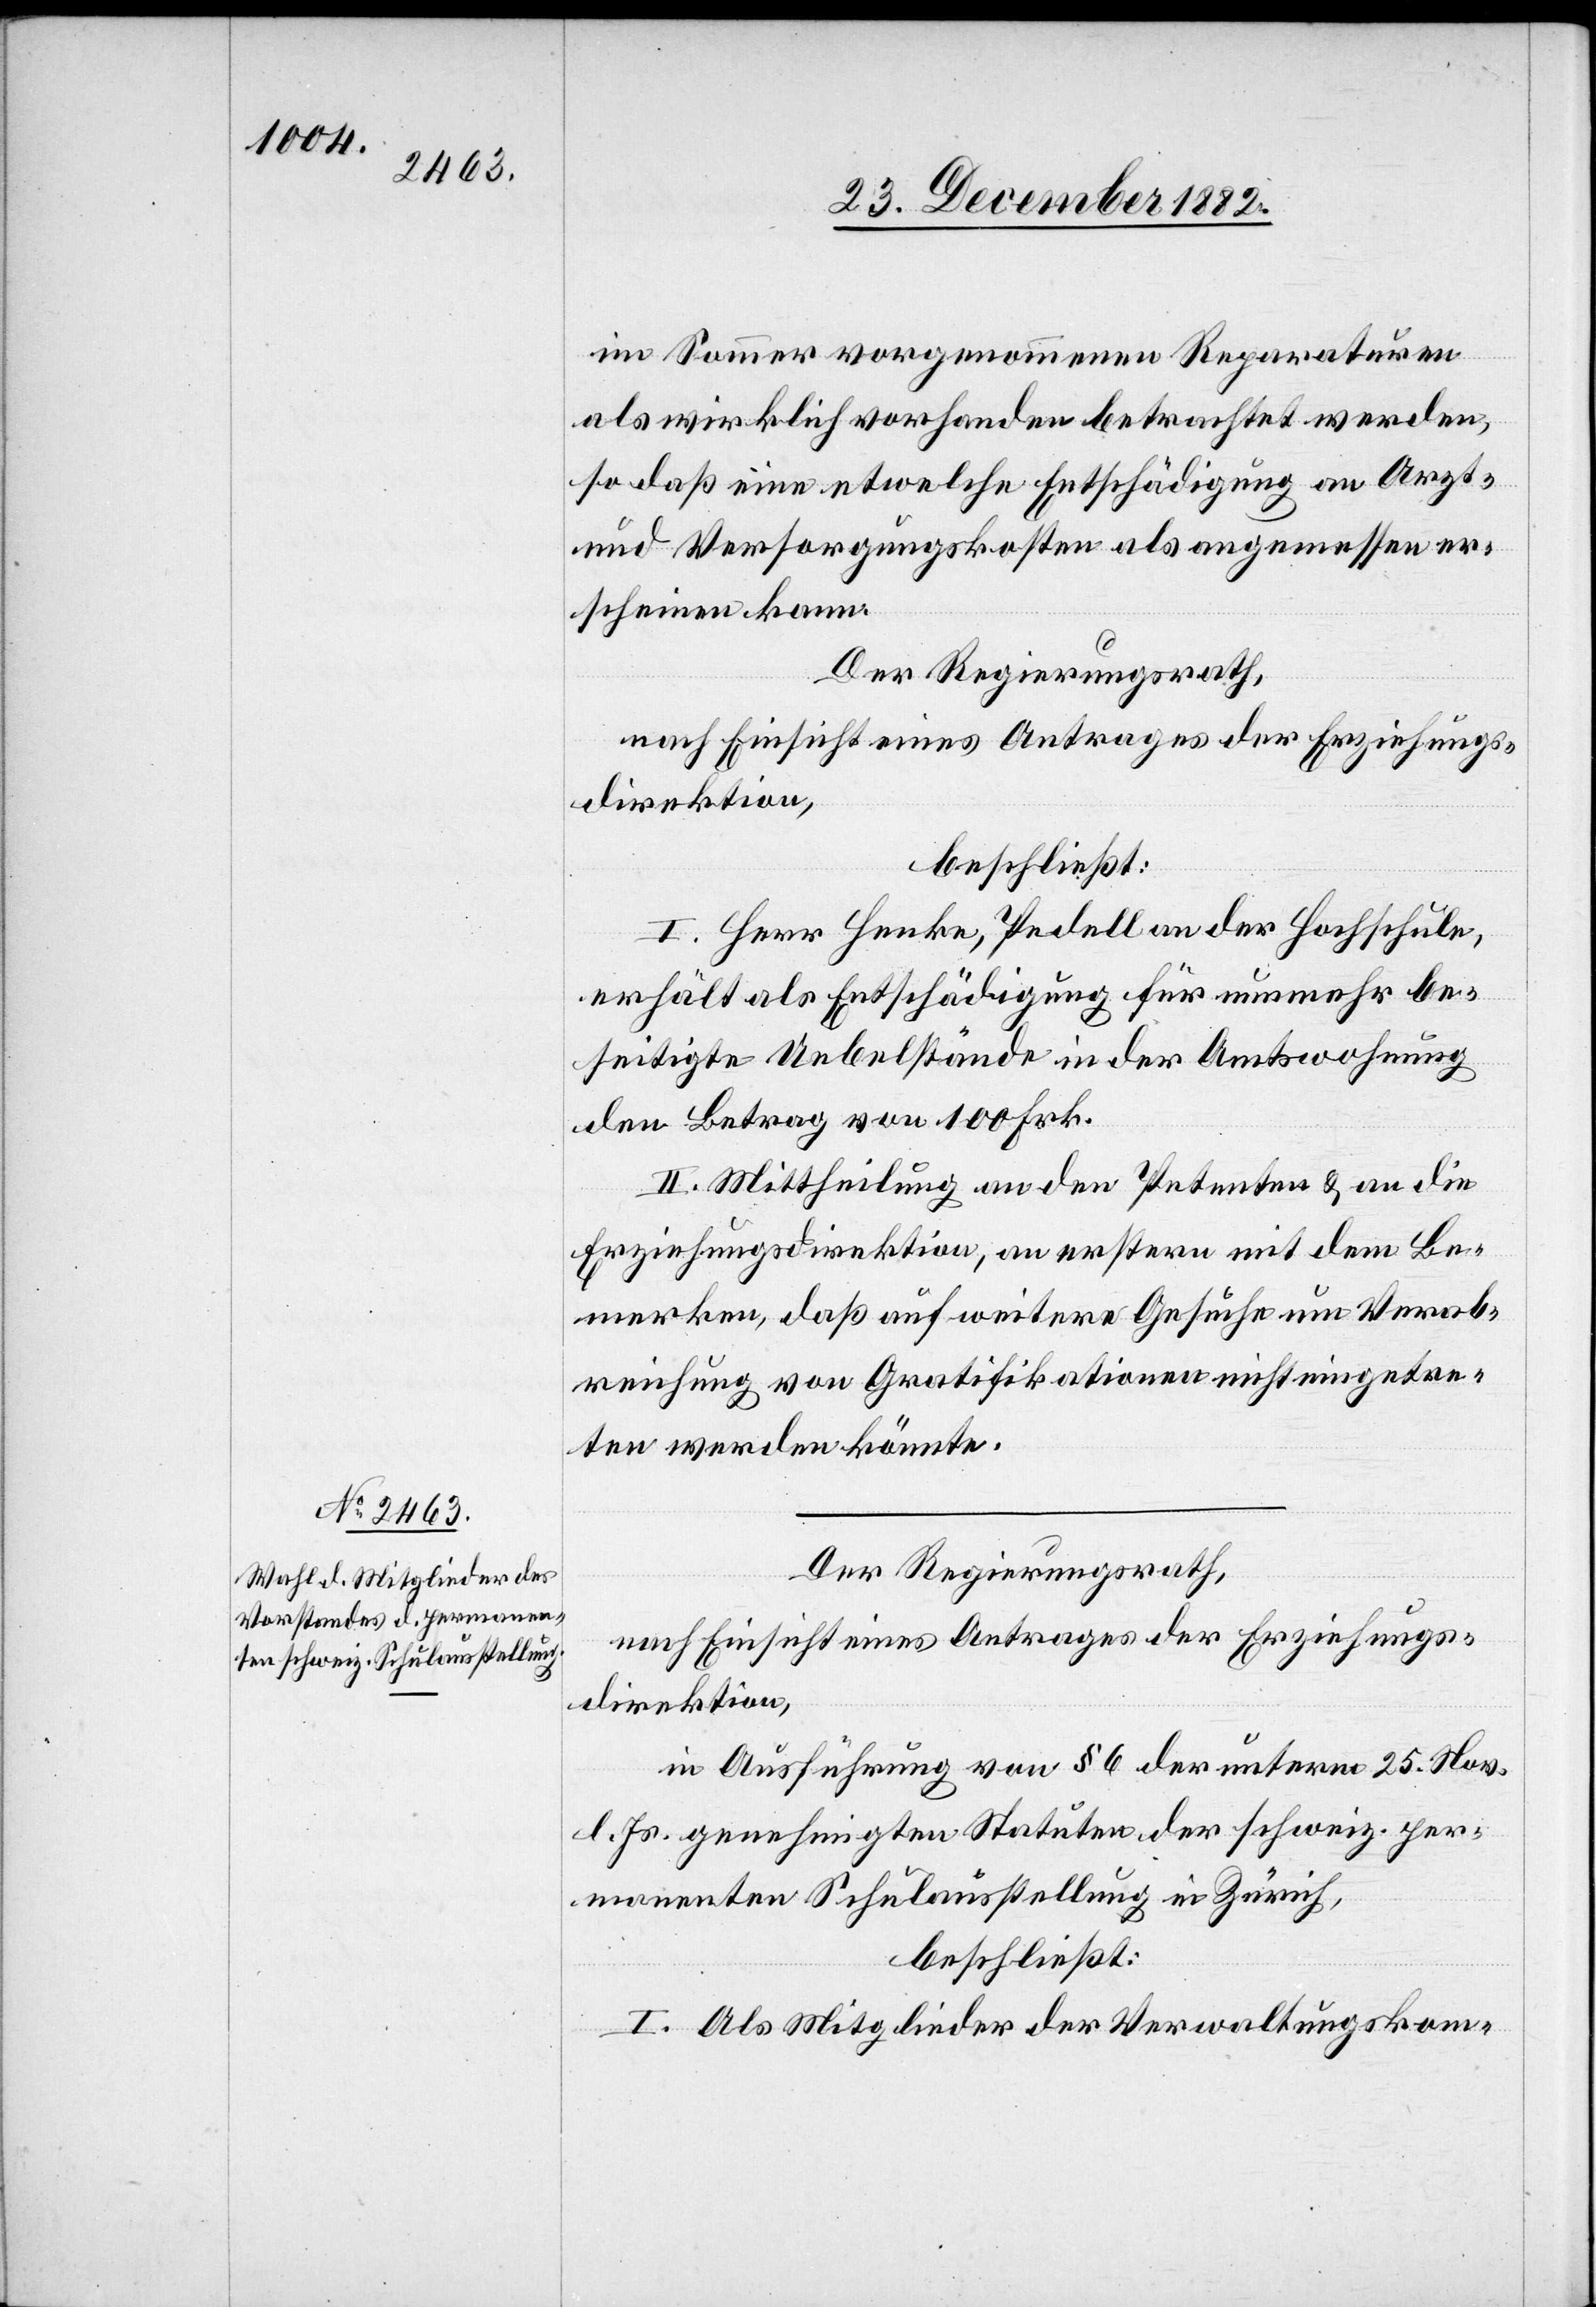
im Sommer vorgenommenen Reparaturen
als wirklich vorhanden betrachtet werden,
so daß eine etwelche Entschädigung an Arzt-
und Versorgungskosten als angemessen er¬
scheinen kann.
Der Regierungsrath,
nach Einsicht eines Antrages der Erziehungs¬
direktion,
beschließt:
I. Herr Henke, Pedell an der Hochschule,
erhält als Entschädigung für nunmehr be¬
seitigte Uebelstände in der Amtswohnung
den Betrag von 100 Frk.
II. Mittheilung an den Petenten & an die
Erziehungsdirektion, an erstere mit dem Be¬
merken, daß auf weitere Gesuche um Verab¬
reichung von Gratifikationen nicht eingetre¬
ten werden könnte.
Der Regierungsrath,
nach Einsicht eines Antrages der Erziehungs¬
direktion,
in Ausführung von § 6 der unterm 25. Nov.
l. Js. genehmigten Statuten der schweiz. per¬
manenten Schulausstellung in Zürich,
beschließt:
I. Als Mitglieder der Verwaltungskom-